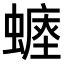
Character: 𧐷